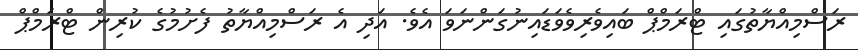
ރަސްމިއްޔާތުގައި ޓްރަމްޕް ބައިވެރިވެވަޑައިނުގަންނަވަ އެވެ. އަދި އެ ރަސްމިއްޔާތު ފެށުމުގެ ކުރިން ޓްރަމްޕް